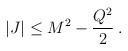
LaTeX: \begin{align*}|J| \leq M^2 - \frac{Q^2}{2} \: .\end{align*}